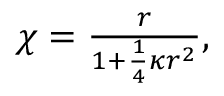
\begin{array} { r } { \chi = \frac { r } { 1 + \frac { 1 } { 4 } \kappa r ^ { 2 } } , } \end{array}